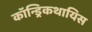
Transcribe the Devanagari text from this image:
कॉन्ड्रिकथायिस